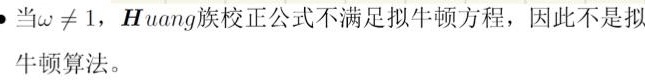
当$\omega \neq 1$，$H$uang族校正公式不满足拟牛顿方程，因此不是拟牛顿算法。